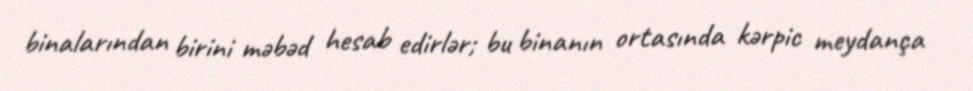
binalarından birini məbəd hesab edirlər; bu binanın ortasında kərpic meydança